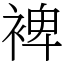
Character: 裨